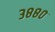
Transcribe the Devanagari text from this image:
३८८०